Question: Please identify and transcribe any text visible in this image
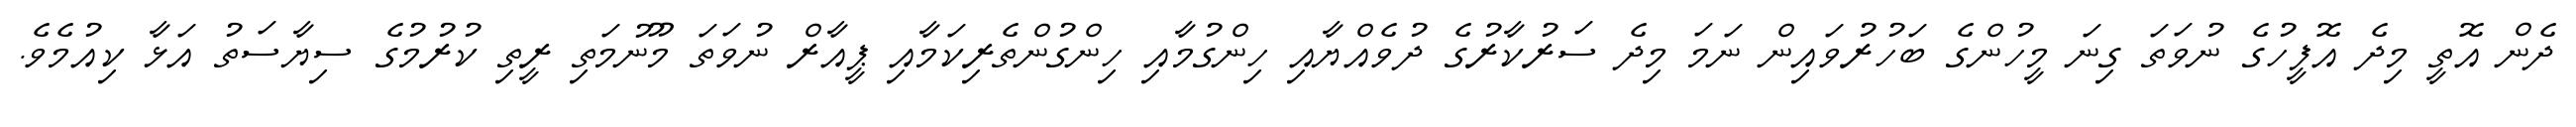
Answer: ދެން އޮތީ މިދެ އޮފީހުގެ ނުވަތަ ގިނަ މީހުންގެ ބަހުރުވައިން ނަމަ މިދެ ސަރުކާރުގެ ދުވެއްޔާއި ހިންގުމާއި ހިންގުންތެރިކަމާއި ޕީއާރް ނުވަތަ މޫނުމަތި ރީތި ކުރުމުގެ ސިޔާސަތު އަޅާ ކިއުމެވެ.